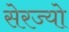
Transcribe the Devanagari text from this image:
सेरज्यो